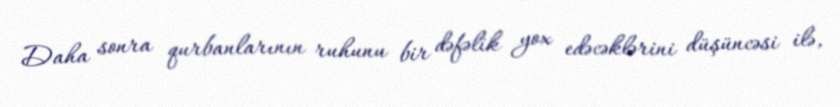
Daha sonra qurbanlarının ruhunu bir dəfəlik yox edəcəklərini düşüncəsi ilə,